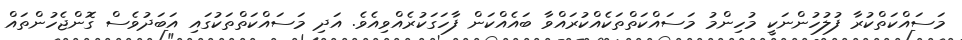
މަސައްކަތްކުރާ ފުލުހުންނަކީ މުހިންމު މަސައްކަތްތަކެއްކުރައްވާ ބައެއްކަން ފާހަގަކުރެއްވިއެވެ. އަދި މަސައްކަތްތަކުގައި އަބަދުވެސް ގޮންޖެހުންތައް